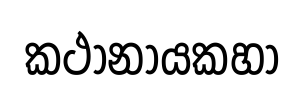
කථානායකහා